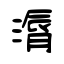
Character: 漘